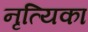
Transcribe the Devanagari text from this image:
नृत्यिका